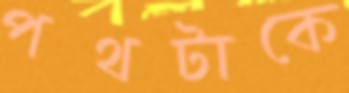
পথটাকে